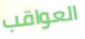
العواقب